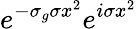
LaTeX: e^{-\sigma_{g}\sigma x^{2}}e^{i\sigma x^{2}}